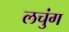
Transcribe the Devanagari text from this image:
लचुंग